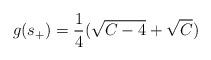
LaTeX: \begin{align*}g(s_+)=\frac{1}{4}(\sqrt{C-4}+\sqrt{C})\end{align*}